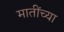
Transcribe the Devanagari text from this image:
मातींच्या